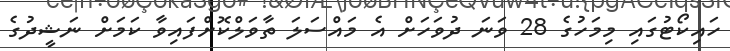
ހައިކޯޓުގައި މިމަހުގެ 28 ވަނަ ދުވަހަށް އެ މައްސަލަ ތާވަލްކޮށްފައިވާ ކަމަށް ނަޝީދުގެ